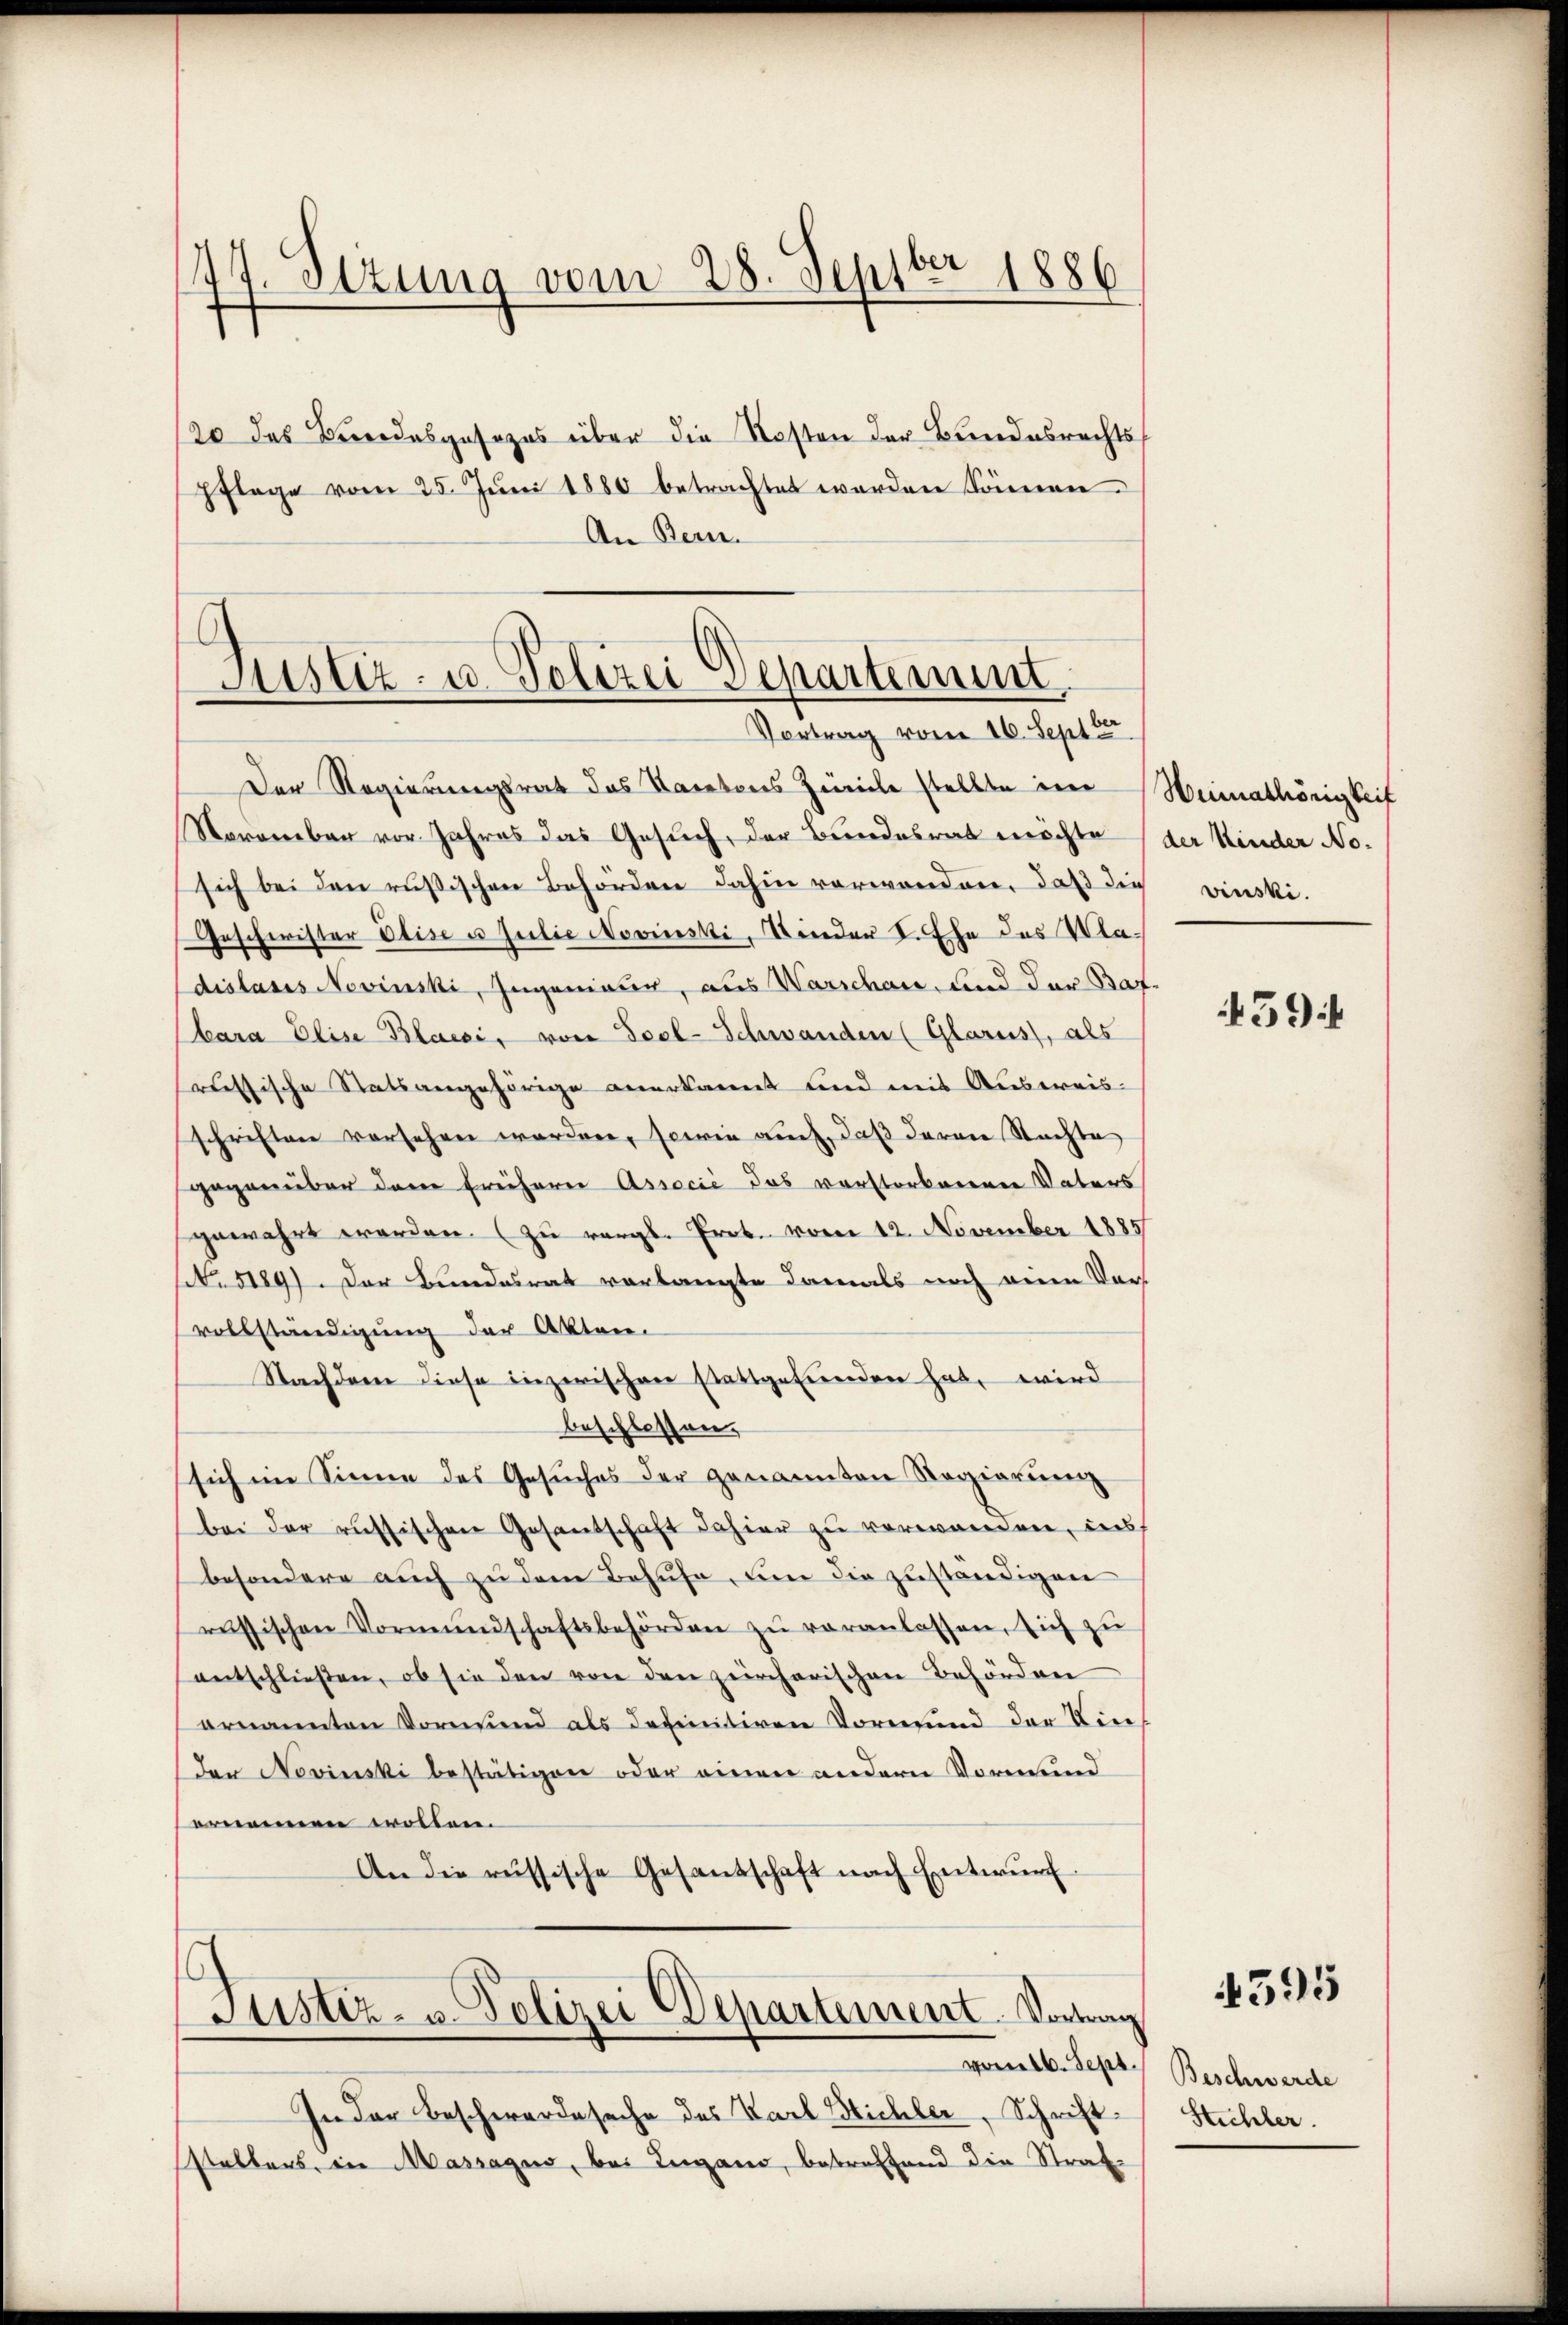
48. Sizung vom 28. Septbr 1886

20 des Brendesgesezes über die Kosten der Bundesrechts¬
PFlage vom 25. Juni 1880 betrachtet werden können.
An Bern.

Justiz- u. Polizei Departement
Vortrag vom 16. Septbr

Der Regierungsrat das Kantons Zürich stellte im Weimathörigkeit
Narenbar vor Jahres das Gesuch, der Bundesrat möchte
sich bei den russischen Behörden dahin verwenden, daß die vinski-
Geschwister Elise u. Julie Novinski, Minder L. Ehe des Wadislasis Nevinski, Ingenieur, aus Warschan und der Bat-
bara Elise Blaesi, von Seel-Schwanden (Glarus, als
russische Statsangehörige anerkannt und mit Ausweisschriften versehen worden, sowie auch, daß deren Stachte
gegenüber dem Freihern Assecić das verstorbenenen Vaters
gewahrt werden. (zu vergl. Prok. vom 12. November 1885
sker 189). Der Bundesrat vorlangte damals noch eine Vor-
vollständigung der Akten.
Nachdem diese inzerischen stattgefunden hat, wird
beschlossen.
sich im Sinne des Gesuches der genannten Regierŭng
bei der russischen Gesantschaft dahier zu verwanden, ins
besondere auch zu dem Behufe, um die zuständigen
russischen Vormŭndschaftsbehörden zŭ veranlassen, sich zu
entschließen, ob sie den von den zürcherischen Behörden
ernannten Vormund als definitiven Vormund der Kin-
der Nevinski bestätigen oder einen andern Vormund
ernennen wollen.
An die russische Gesandschaft nach Entwurf.
Justiz- u. Polizei Departement. Vortrag
vom 16. Sept. Beschwerde
In der Beschwerde sache des Karl Bichler, Schriftstalters, in Massagus, bei Lugano, betreffend die Straf-

der Kinder No.

459

4595

Stühler.